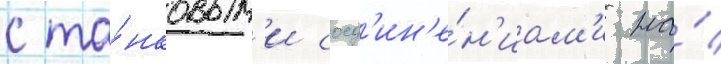
с та́нковым'и соед'ин'е́н'иам'и на́